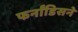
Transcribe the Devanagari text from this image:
फर्नांडिसने